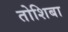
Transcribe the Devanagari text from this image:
तोशिबा